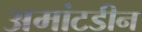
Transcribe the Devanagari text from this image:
अमांटडीन